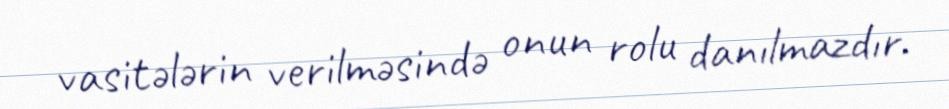
vasitələrin verilməsində onun rolu danılmazdır.